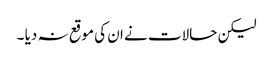
لیکن حالات نے ان کی موقع نہ دیا ۔